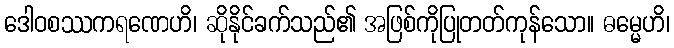
ဒေါဝစဿကရဏေဟိ၊ ဆိုနိုင်ခက်သည်၏ အဖြစ်ကိုပြုတတ်ကုန်သော။ ဓမ္မေဟိ၊